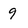
Character: 9